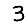
Digit: 3